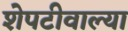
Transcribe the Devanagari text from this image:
शेपटीवाल्या